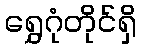
ရွှေဂုံတိုင်ရှိ